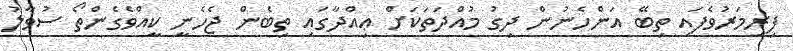
ފިރިމަރުވެފައި ތިބޭ އަންހެނުން ދިގު މުއްދަތަކަށް ޢިއްދާގައި ތިބެން ޖެހެނީ ކީއްވެގެންތޯ ސުވާލު